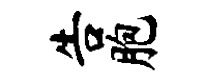
告胞